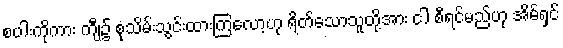
စပါးကိုကား ကျီ၌ စုသိမ်းသွင်းထားကြလော့ဟု ရိတ်သောသူတို့အား ငါ စီရင်မည်ဟု အိမ်ရှင်